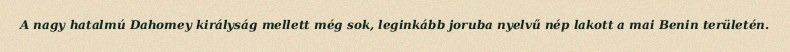
A nagy hatalmú Dahomey királyság mellett még sok, leginkább joruba nyelvű nép lakott a mai Benin területén.